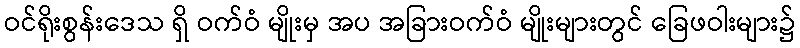
ဝင်ရိုးစွန်းဒေသ ရှိ ဝက်ဝံ မျိုးမှ အပ အခြားဝက်ဝံ မျိုးများတွင် ခြေဖဝါးများ၌